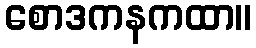
စောဒကနကထာ။